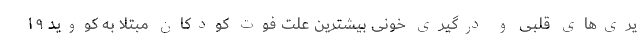
یری‌های قلبی و درگیری خونی بیشترین علت فوت کودکان مبتلا به کووید ۱۹